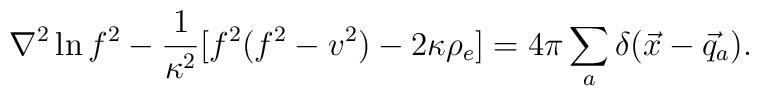
\nabla^2 \ln f^2 -  \frac{1}{\kappa^2} [ f^2(f^2-v^2) - 2\kappa\rho_e]  = 4\pi \sum_a  \delta(\vec{x}-\vec{q}_a) .